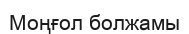
Моңғол болжамы